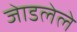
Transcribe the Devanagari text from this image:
जेाडलेले